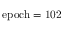
\mathrm { { e p o c h } = 1 0 2 }